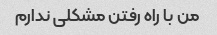
من با راه رفتن مشکلی ندارم